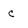
Character: c